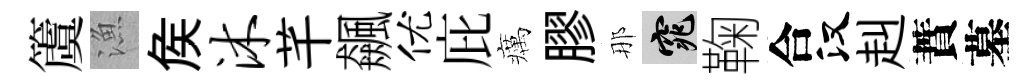
𥵂漁矦沐芊飆优庇癘膠那窕鞠合汉赳蕡墓